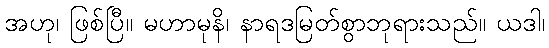
အဟု၊ ဖြစ်ပြီ။ မဟာမုနိ၊ နာရဒမြတ်စွာဘုရားသည်။ ယဒါ၊